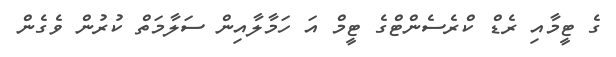
ގެ ޓީމާއި ރެޑް ކްރެސެންޓްގެ ޓީމް އަ ހަމާލާއިން ސަލާމަތް ކުރުން ވެގެން